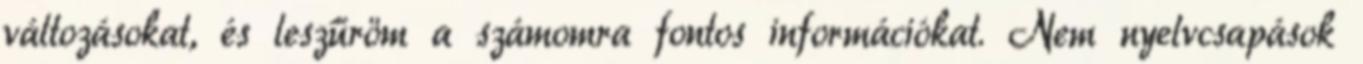
változásokat, és leszűröm a számomra fontos információkat. Nem nyelvcsapások